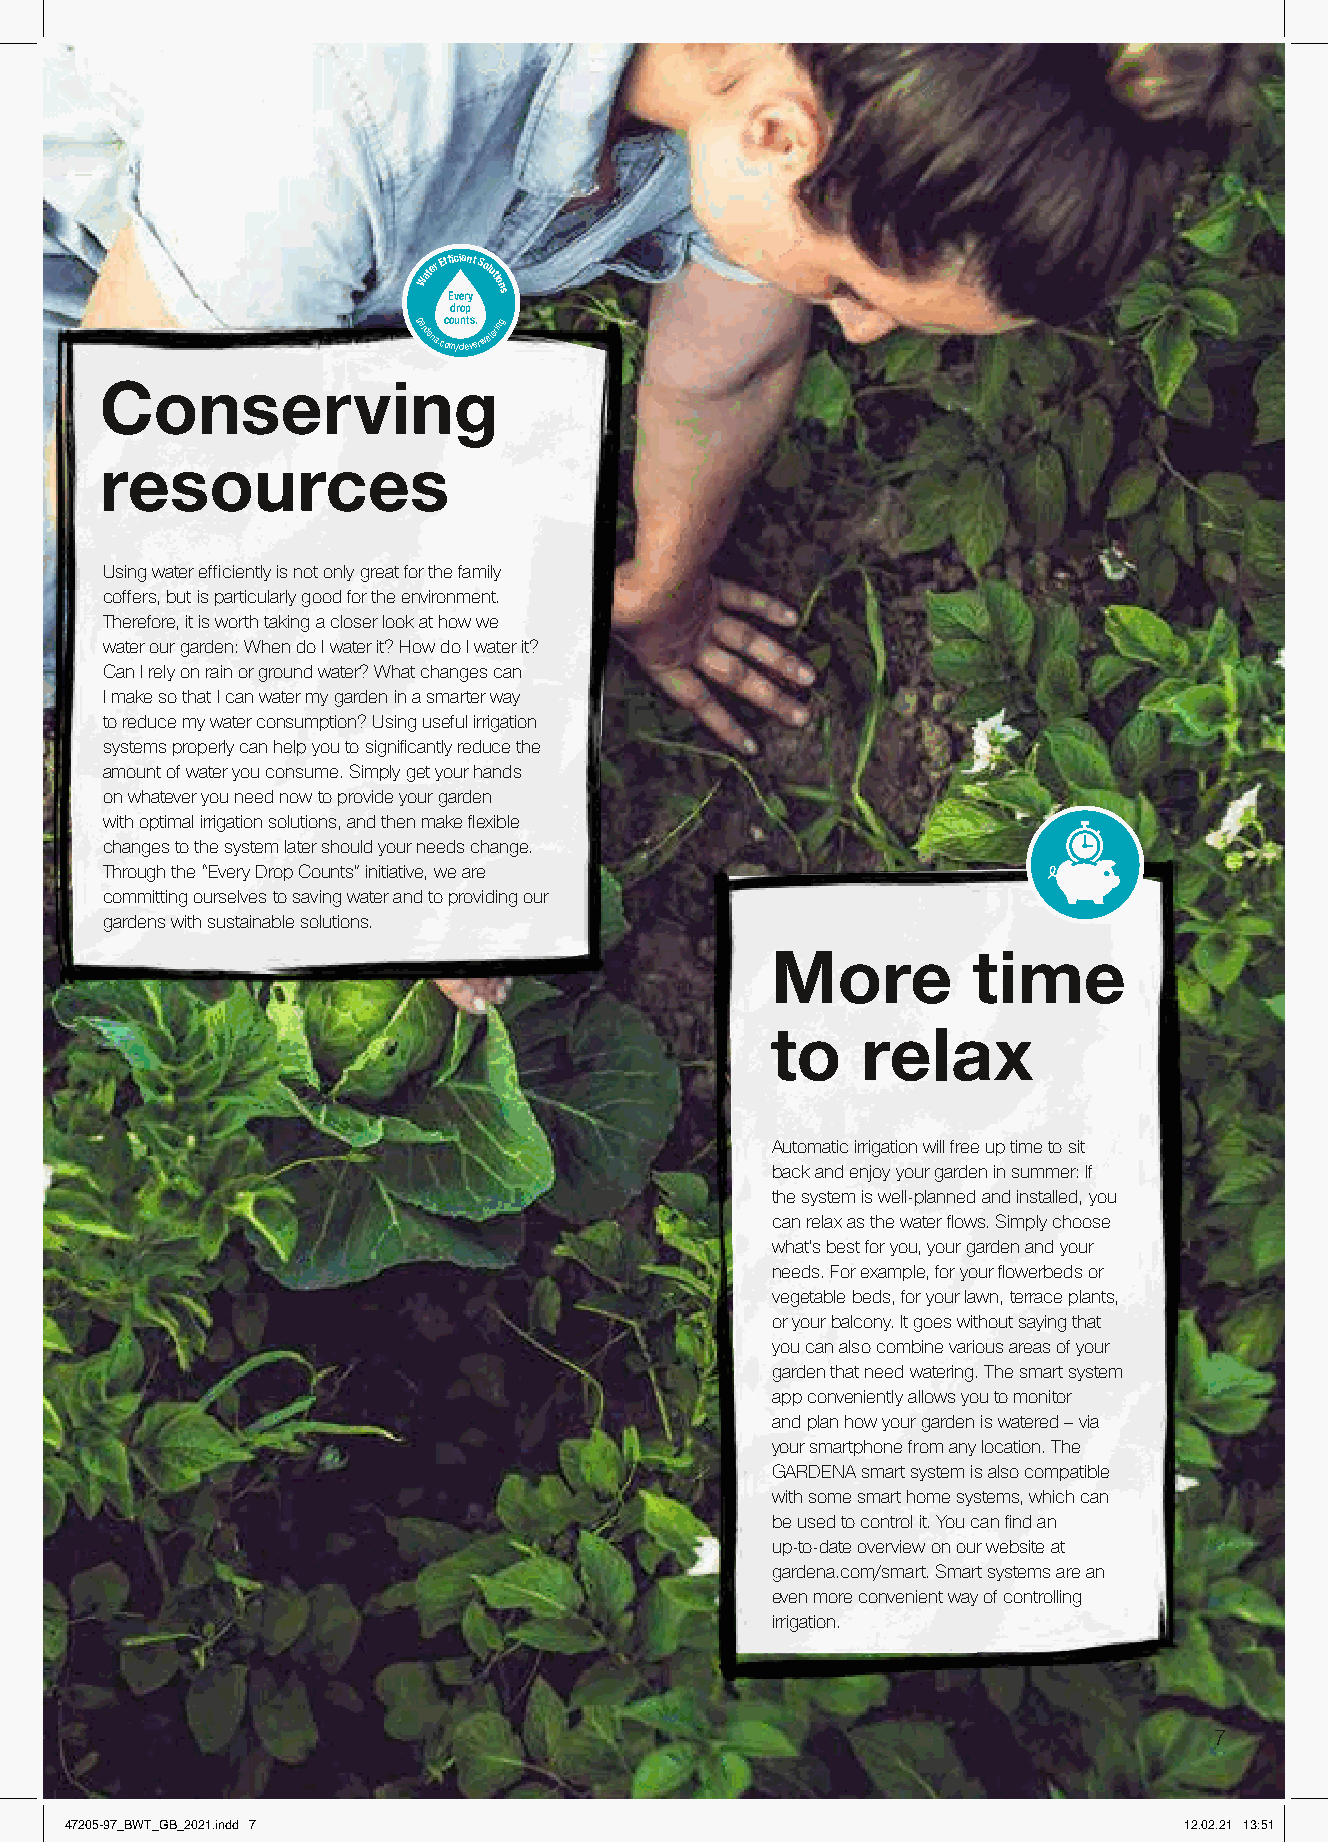
Water Ef Ef di vc rei oe
 r
 pn yt Solutions
 gardena.coc mou /cn lets v. erwatering
 Conserving
 resources
 Using water efficiently is not only great for the family
 coffers, but is particularly good for the environment.
 Therefore, it is worth taking a closer look at how we
 water our garden: When do I water it? How do I water it?
 Can I rely on rain or ground water? What changes can
 I make so that I can water my garden in a smarter way
 to reduce my water consumption? Using useful irrigation
 systems properly can help you to significantly reduce the
 amount of water you consume. Simply get your hands
 on whatever you need now to provide your garden
 with optimal irrigation solutions, and then make flexible
 changes to the system later should your needs change.
 Through the “Every Drop Counts” initiative, we are
 committing ourselves to saving water and to providing our
 gardens with sustainable solutions.
 More         time
 to    relax
 Automatic irrigation will free up time to sit
 back and enjoy your garden in summer: If
 the system is well-planned and installed, you
 can relax as the water flows. Simply choose
 what’s best for you, your garden and your
 needs. For example, for your flowerbeds or
 vegetable beds, for your lawn, terrace plants,
 or your balcony. It goes without saying that
 you can also combine various areas of your
 garden that need watering. The smart system
 app conveniently allows you to monitor
 and plan how your garden is watered – via
 your smartphone from any location. The
 GARDENA smart system is also compatible
 with some smart home systems, which can
 be used to control it. You can find an
 up-to-date overview on our website at
 gardena.com/smart. Smart systems are an
 even more convenient way of controlling
 irrigation.
 7
 47205-97_BWT_GB_2021.indd 7                                               12.02.21 13:51